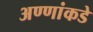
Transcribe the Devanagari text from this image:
अण्णांकडे